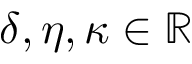
\delta , \eta , \kappa \in \mathbb { R }